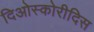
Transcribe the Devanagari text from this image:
दिओस्कोरीदिस